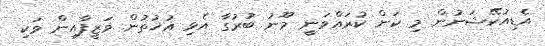
އެޑިއުކޭޝަނުން މި ކަން ކުރައްވަނީ މޫނު ބުރުގާ އެޅި އުޚުތުން ވަޒީފާއިން ވަކި